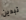
تبدين